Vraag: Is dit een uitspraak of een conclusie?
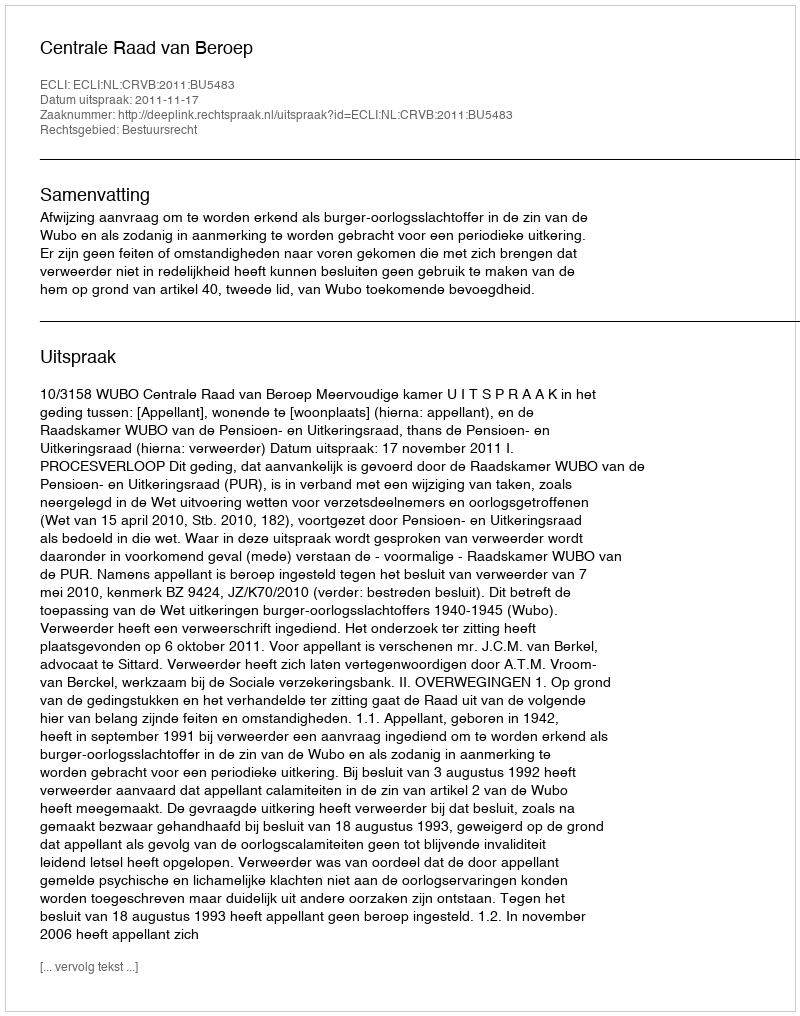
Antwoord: Uitspraak